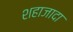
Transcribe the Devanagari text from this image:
शहाजादा